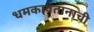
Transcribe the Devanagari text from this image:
धमकावतानाची